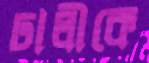
ঢালীকে